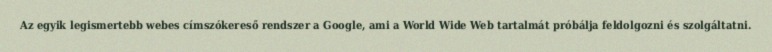
Az egyik legismertebb webes címszókereső rendszer a Google, ami a World Wide Web tartalmát próbálja feldolgozni és szolgáltatni.